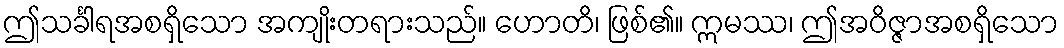
ဤသင်္ခါရအစရှိသော အကျိုးတရားသည်။ ဟောတိ၊ ဖြစ်၏။ ဣမဿ၊ ဤအဝိဇ္ဇာအစရှိသော